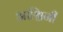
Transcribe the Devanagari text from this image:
आश्चिनी